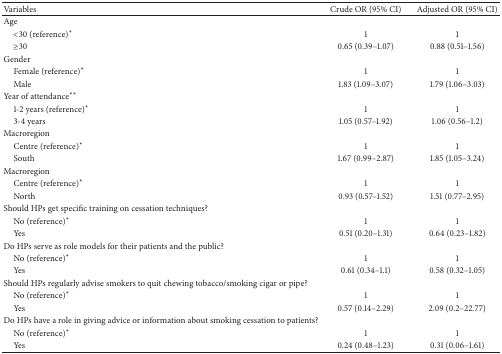
<table><thead><tr><td><b>Variables</b></td><td><b>Crude OR (95% CI)</b></td><td><b>Adjusted OR (95% CI)</b></td></tr></thead><tbody><tr><td>Age</td><td> </td><td> </td></tr><tr><td> &lt;30 (reference)*</td><td>1</td><td>1</td></tr><tr><td> ≥30</td><td>0.65 (0.39–1.07)</td><td>0.88 (0.51–1.56)</td></tr><tr><td>Gender</td><td> </td><td> </td></tr><tr><td> Female (reference)*</td><td>1</td><td>1</td></tr><tr><td> Male</td><td>1.83 (1.09–3.07)</td><td>1.79 (1.06–3.03)</td></tr><tr><td>Year of attendance**</td><td> </td><td> </td></tr><tr><td> 1-2 years (reference)*</td><td>1</td><td>1</td></tr><tr><td> 3-4 years</td><td>1.05 (0.57–1.92)</td><td>1.06 (0.56–1.2)</td></tr><tr><td>Macroregion</td><td> </td><td> </td></tr><tr><td> Centre (reference)*</td><td>1</td><td>1</td></tr><tr><td> South</td><td>1.67 (0.99–2.87)</td><td>1.85 (1.05–3.24)</td></tr><tr><td>Macroregion</td><td> </td><td> </td></tr><tr><td> Centre (reference)*</td><td>1</td><td>1</td></tr><tr><td> North</td><td>0.93 (0.57–1.52)</td><td>1.51 (0.77–2.95)</td></tr><tr><td>Should HPs get specific training on cessation techniques?</td><td> </td><td> </td></tr><tr><td> No (reference)*</td><td>1</td><td>1</td></tr><tr><td> Yes</td><td>0.51 (0.20–1.31)</td><td>0.64 (0.23–1.82)</td></tr><tr><td>Do HPs serve as role models for their patients and the public?</td><td> </td><td> </td></tr><tr><td> No (reference)*</td><td>1</td><td>1</td></tr><tr><td> Yes</td><td>0.61 (0.34–1.1)</td><td>0.58 (0.32–1.05)</td></tr><tr><td>Should HPs regularly advise smokers to quit chewing tobacco/smoking cigar or pipe?</td><td> </td><td> </td></tr><tr><td> No (reference)*</td><td>1</td><td>1</td></tr><tr><td> Yes</td><td>0.57 (0.14–2.29)</td><td>2.09 (0.2–22.77)</td></tr><tr><td>Do HPs have a role in giving advice or information about smoking cessation to patients?</td><td> </td><td> </td></tr><tr><td> No (reference)*</td><td>1</td><td>1</td></tr><tr><td> Yes</td><td>0.24 (0.48–1.23)</td><td>0.31 (0.06–1.61)</td></tr></tbody></table>